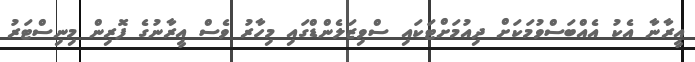
އީރާނާ އެކު އެއްބަސްވުމަކަށް ދިއުމަށްޓަކައި ސްވިޒަލެންޑްގައި މިހާރު ވެސް އީރާނުގެ ފޮރިން މިނިސްޓަރު